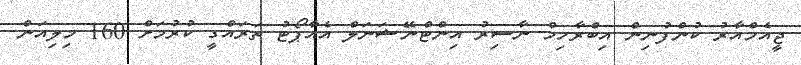
ޖީއެމްއާރު ކުންފުނިން އިބްރާހިމް ނާސިރު އިންޓްނޭޝަނަލް އެއާޕޯޓު ތަރައްގީ ކުރުމަށް 160 މިލިއަން